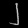
Digit: ၂